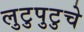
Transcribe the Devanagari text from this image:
लुटुपुटुचे